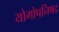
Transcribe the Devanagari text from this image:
योगोपनिषद